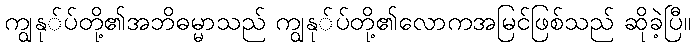
ကျွနု်ပ်တို့၏အဘိဓမ္မာသည် ကျွနု်ပ်တို့၏လောကအမြင်ဖြစ်သည် ဆိုခဲ့ပြီ။